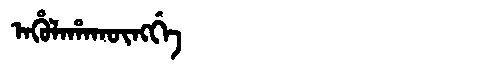
Manchu: ᠠᡥᡠᠯᠠᡥᠠᡴᡡᠩᡤᡝ
Romanization: AHULAHAKŪNGGE